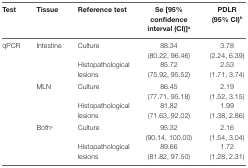
<table><thead><tr><td><b>Test</b></td><td><b>Tissue</b></td><td><b>Reference test</b></td><td><b>Se [95% confidence interval (CI)]<sup>a</sup></b></td><td><b>PDLR (95% CI)<sup>b</sup></b></td></tr></thead><tbody><tr><td rowspan="6">qPCR</td><td rowspan="2">Intestine</td><td>Culture</td><td>88.34 (80.22, 96.46)</td><td>3.78 (2.24, 6.39)</td></tr><tr><td>Histopathological lesions</td><td>85.72 (75.92, 95.52)</td><td>2.53 (1.71, 3.74)</td></tr><tr><td rowspan="2">MLN</td><td>Culture</td><td>86.45 (77.71, 95.18)</td><td>2.19 (1.52, 3.15)</td></tr><tr><td>Histopathological lesions</td><td>81.82 (71.63, 92.02)</td><td>1.99 (1.38, 2.86)</td></tr><tr><td rowspan="2">Both<sup>c</sup></td><td>Culture</td><td>95.32 (90.14, 100.00)</td><td>2.16 (1.54, 3.04)</td></tr><tr><td>Histopathological lesions</td><td>89.66 (81.82, 97.50)</td><td>1.72 (1.28, 2.31)</td></tr></tbody></table>